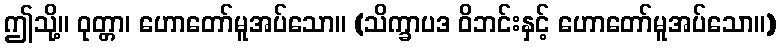
ဤသို့။ ဝုတ္တာ၊ ဟောတော်မူအပ်သော။ (သိက္ခာပဒ ဝိဘင်းနှင့် ဟောတော်မူအပ်သော။)